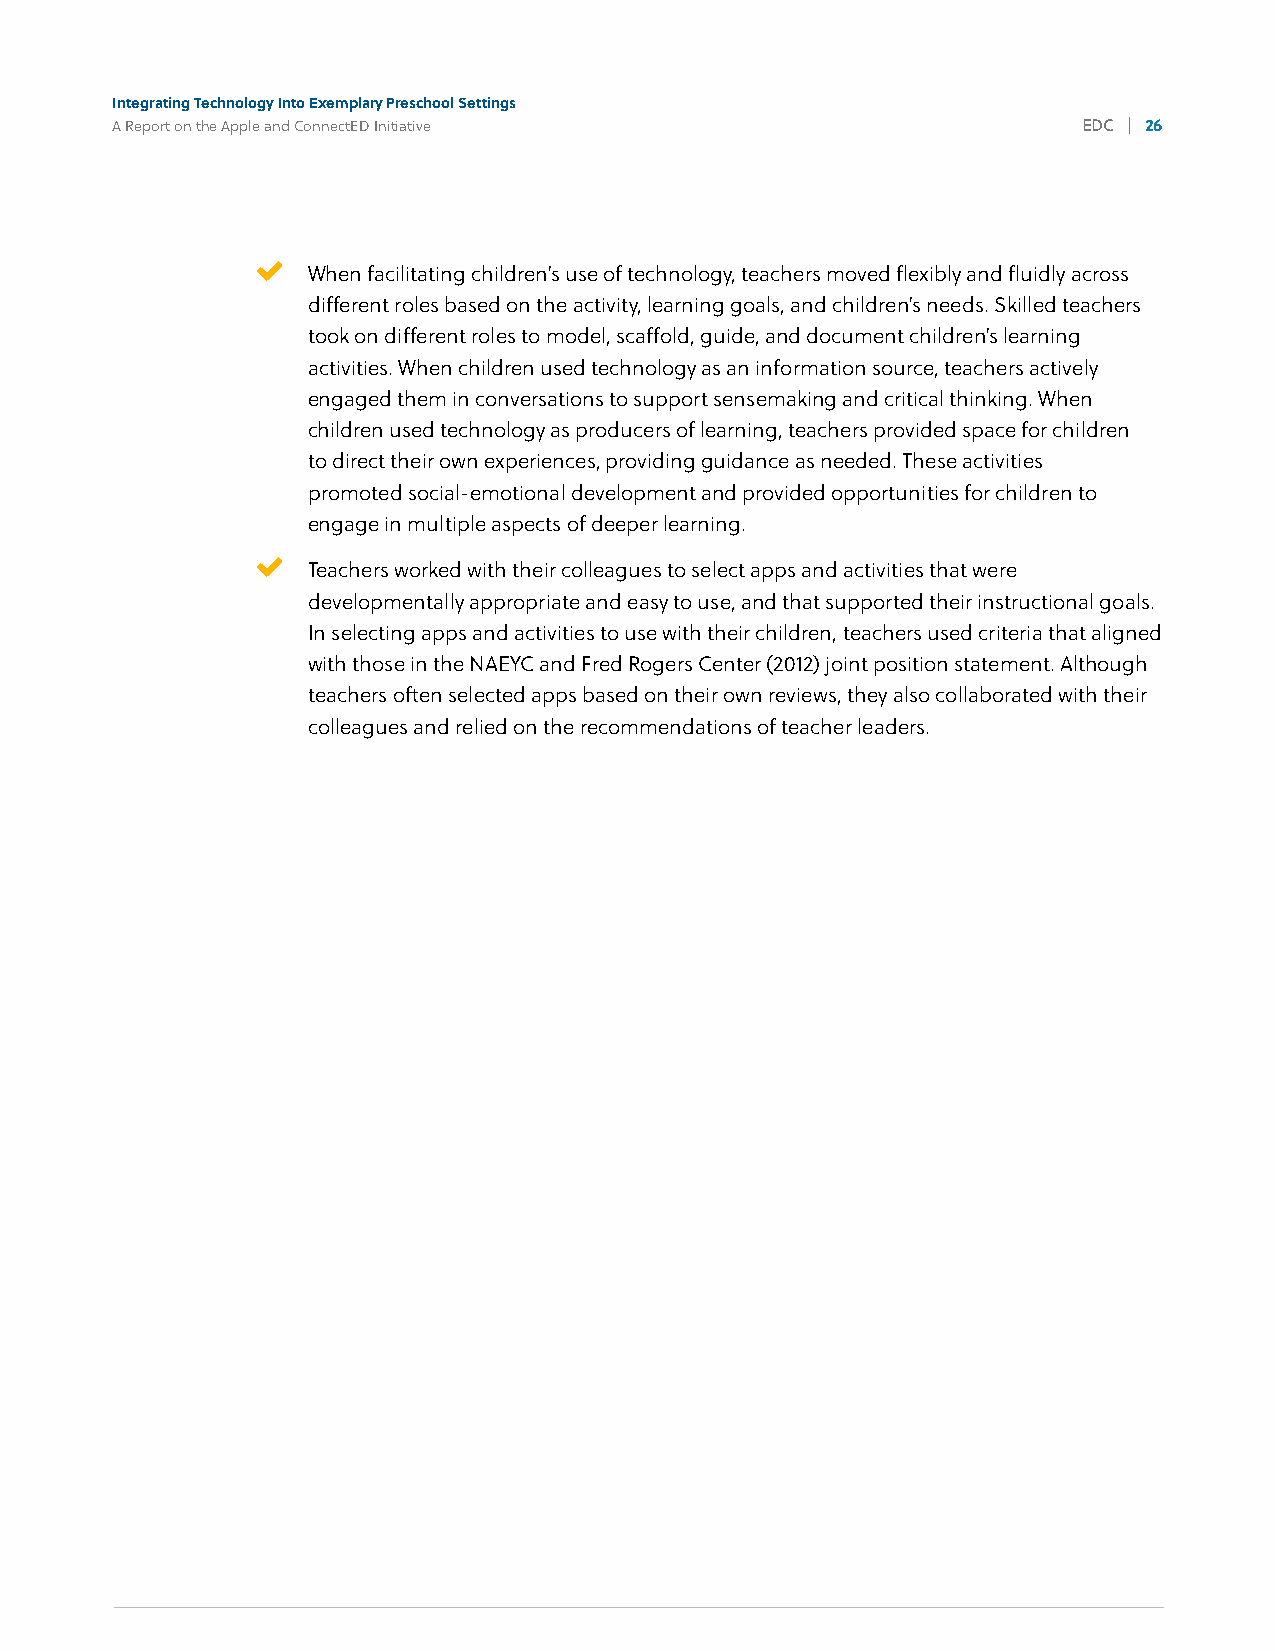
Integrating Technology Into Exemplary Preschool Settings
 A Report on the Apple and ConnectED Initiative                   EDC | 26
 4%
 
 When facilitating children’s use of technology, teachers moved flexibly and fluidly across
 different roles based on the activity, learning goals, and children’s needs. Skilled teachers
 took on different roles to model, scaffold, guide, and document children’s learning
 activities. When children used technology as an information source, teachers actively
 engaged them in conversations to support sensemaking and critical thinking. When
 children used technology as producers of learning, teachers provided space for children
 to direct their own experiences, providing guidance as needed. These activities
 promoted social-emotional development and provided opportunities for children to
 engage in multiple aspects of deeper learning.
 
 Teachers worked with their colleagues to select apps and activities that were
 developmentally appropriate and easy to use, and that supported their instructional goals.
 In selecting apps and activities to use with their children, teachers used criteria that aligned
 with those in the NAEYC and Fred Rogers Center (2012) joint position statement. Although
 teachers often selected apps based on their own reviews, they also collaborated with their
 colleagues and relied on the recommendations of teacher leaders.